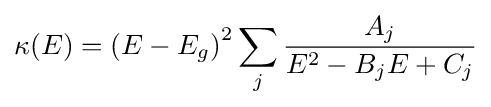
\kappa (E)=\left(E-E_{g}\right)^{2}\sum _{j}{\frac {A_{j}}{E^{2}-B_{j}E+C_{j}}}